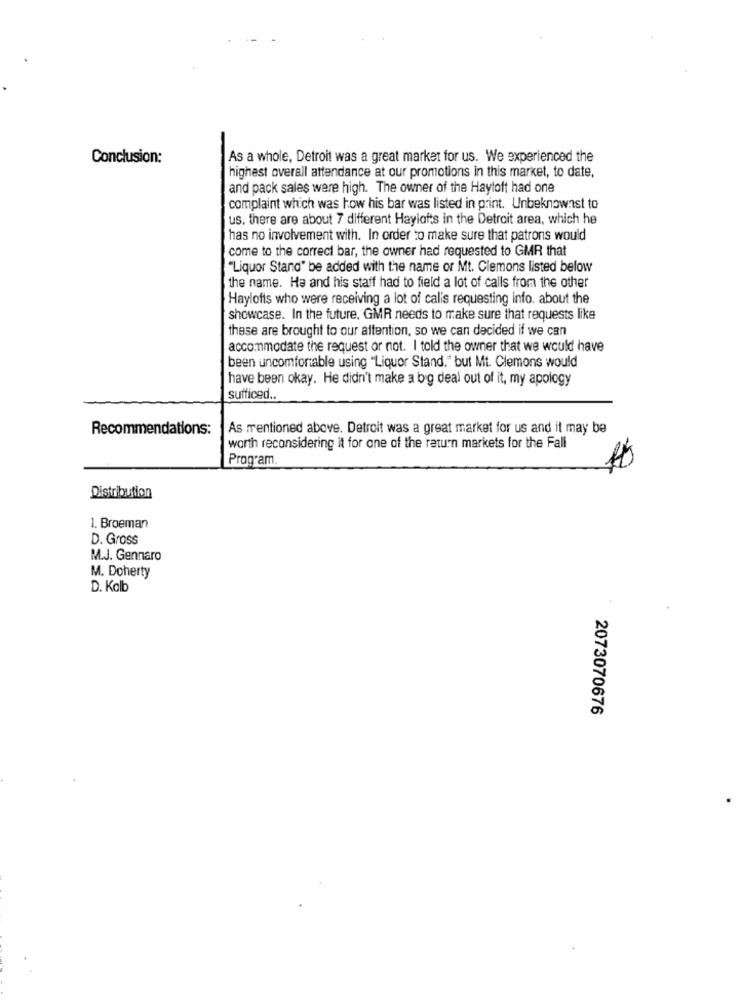
Conclusion:
As a whole, Detroit was a great market for us. We experienced the
highest overall attendance at our promotions in this market, to date,
and pack sales were high. The owner of the Hayloft had one
complaint which was how his bar was listed in print. Unbeknownst to
us. there are about 7 different Haylofts in the Detroit area, which he
has no involvement with. In order to make sure that patrons would
come to the correct bar, the owner had requested to GMR that
"Liquor Stand" be added with the name or Mt. Clemons listed below
the name. Ha and his staff had to field a lot of calls from the other
Haylofts who were receiving a lot of calis requesting Info. about the
showcase. In the future, GMR needs to make sure that requests like
these are brought to our attention, so we can decided if we can
accommodate the request or not. I told the owner that we would have
been uncomfortable using "Liquor Stand." but Mt. Clemons would
have been okay. He didn't make a big deal out of it, my apology
sufficed ..
Recommendations:
As mentioned above. Detroit was a great market for us and it may be
worth reconsidering it for one of the return markets for the Fall
Program.
Distribution
1. Broeman
D. Gross
M.J. Gennaro
M. Doherty
D. Kolb
2073070676